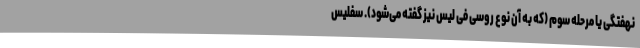
نهفتگی یا مرحله سوم (که به آن نوع روسی فی لیس نیز گفته می‌شود). سفلیس